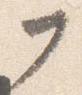
フ